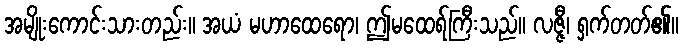
အမျိုးကောင်းသားတည်း။ အယံ မဟာထေရော၊ ဤမထေရ်ကြီးသည်။ လဇ္ဇီ၊ ရှက်တတ်၏။